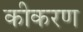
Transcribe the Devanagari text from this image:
कीकरण